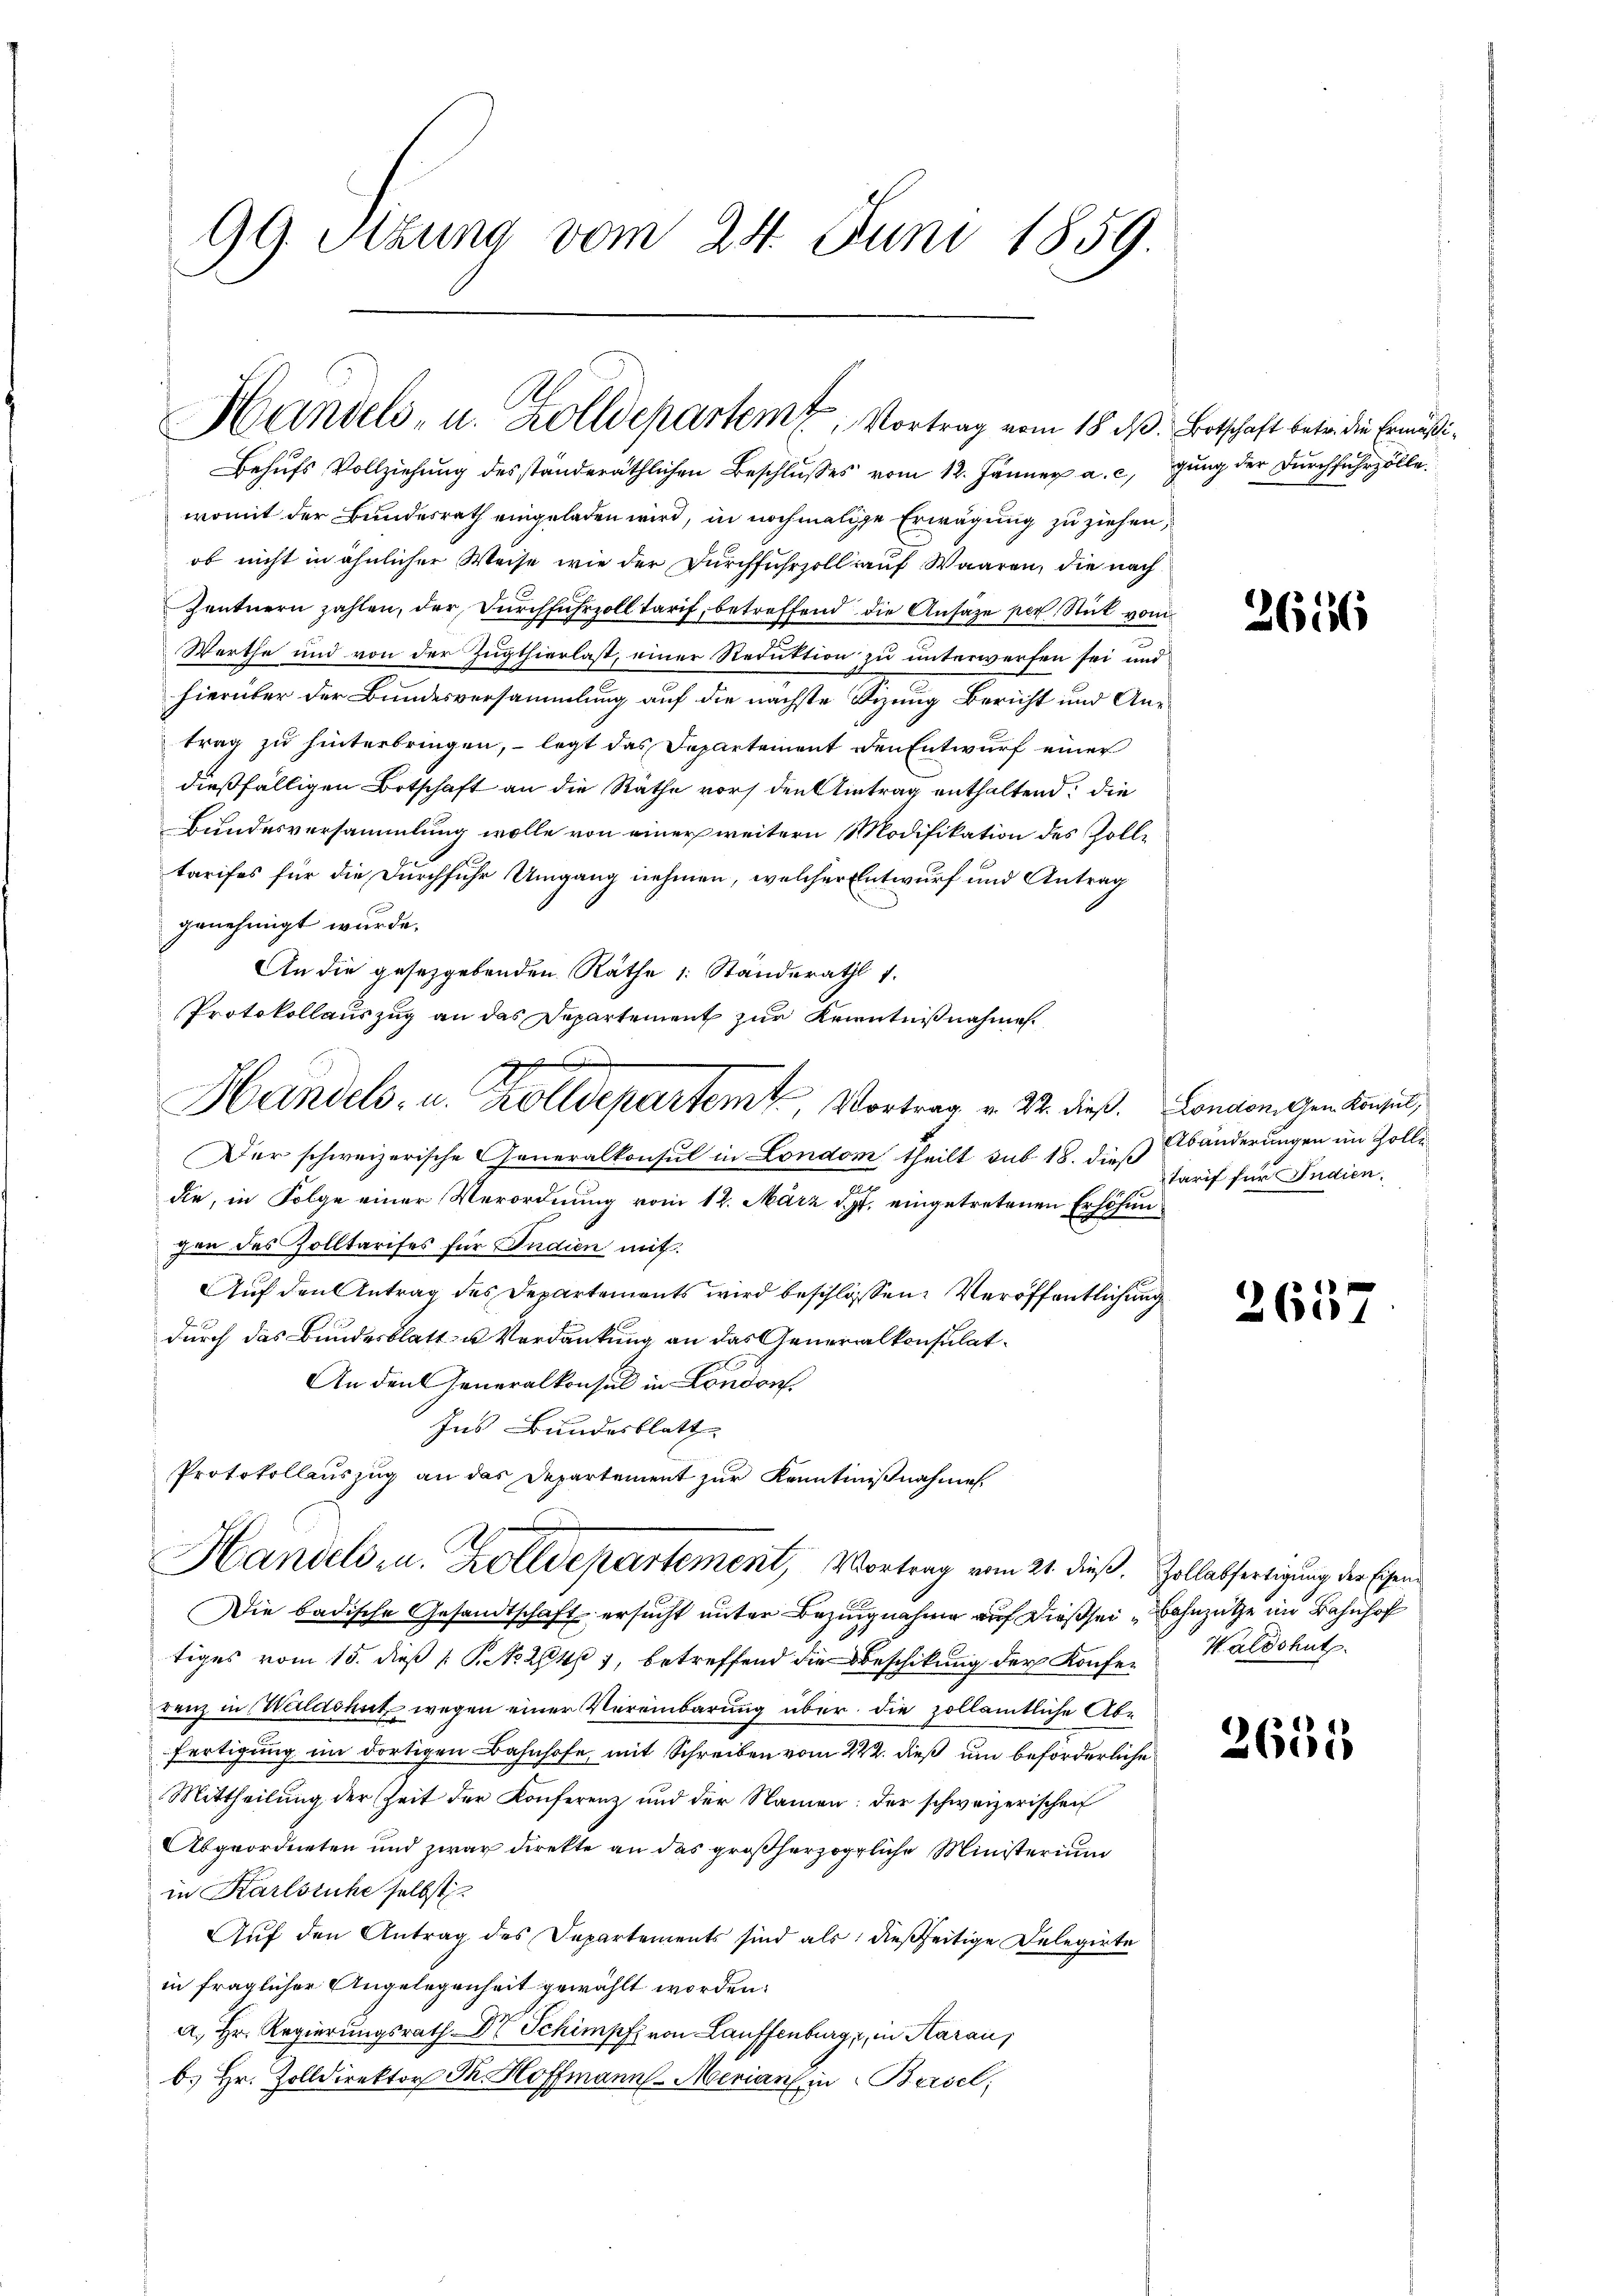
99. Sitzung vom 24. Juni 1859.

Handels- u. Zolldepartem Vortrag vom 18. d. Botschaft betr. die Ermäßi¬

Behufs Vollziehung des ständeräthlichen Beschlusses vom 12. Jänner a. c. gung der Durchfuhrzölle
womit der Bundesrath eingeladen wird, in nochmalige Erwägung zu ziehen,
ob nicht in ähnlicher Weise wie der Durchfuhrzoll auf Waaren, die nach
Zentnern zahlen, der Durchfuhrzoll tarif, betreffend die Ansage per Stück von
Werthe und von der Zugthierlast, einer Reduktion zu unterwerfen sei und
hierüber der Bundesversammlung auf die nächste Sizung Bericht und Antrag zu hinterbringen, legt das Departement den Entwurf einer
dießfälligen Botschaft an die Räthe vor den Antrag enthaltend: die
Bundesversammlung wolle von einer weitern Modifikation des Zolltarifes für die Durchfuhr Umgang nehmen, welcher Entwurf und Antrag
genehmigt wurde.
An die gesetzgebenden Räthe 1 Ständerath 1.
Protokollauszug an das Departement zur Kenntnißnahmen.
d
Handels- u. Zolldepartem Vortrag v. 22. dieß. London. Gen. Konsul,
Der schweizerische Generalkonsul in London theilt sub 18. dieß Abänderungen im Zollidie, in Folge einer Verordnung vom 12. März 191. eingetretenen Erhöhungen des Zolltarises für Indien mit
Auf den Antrag des Departements wird beschlossen Veröffentlichung
durch das Bundesblatt u. Verdankung an das Generalkonsulat¬
An den Generalkonsul in London
Ins Bundesblatt |
Protokollauszug an das Departement zur Kenntnißnahme

Handels zu. Zolldepartement, Vortrag vom 21. dieß. Zollabfertigung der Eigend

Die badische Gesandtschaft ersucht unter Bezugnahme auf dießsei Bahnzüthe im Bahnhof
tiges vom 15. dieß P. Nr. 2041, betreffend die Beschikung der Konfe-Waldshut
renz in Waldshut wegen einer Vereinbarung über die zollamtliche Abe
fertigung im dortigen Bahnhofe, mit Schreiben vom 222. dieß um beförderliche
Mittheilung der Zeit der Konferenz und der Namen: der schweizerischen
Abgeordneten und zwar direkte an das großherzogliche Ministerium
in Karlsruhe selbst
Auf den Antrag des Departements sind als: dießseitige Delegirte
in fraglicher Angelegenheit gewählt worden.
a. Hr. Regierungsrath Dr Schimpf von Lauffenburg, in Aaraus
b. Hr. Zolldirektor J. Hoffmann Merian in Basel,

3616

Tarif für Indien.

265

2651